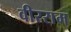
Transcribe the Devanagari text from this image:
वीरराम